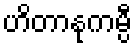
ဟိတာနုကမ္ပီ